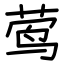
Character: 莺